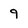
Character: 9